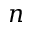
n